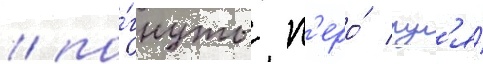
/ по́гнуты п'еро́ рул'я́